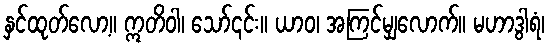
နှင်ထုတ်လော့။ ဣတိဝါ၊ သော်၎င်း။ ယာဝ၊ အကြင်မျှလောက်။ မဟာဒွါရံ၊